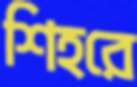
শিহরে